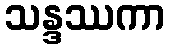
သန္ဒဿကာ